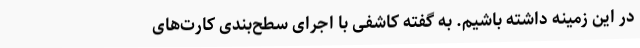
در این زمینه داشته باشیم. به گفته کاشفی با اجرای سطح‌بندی کارت‌های